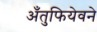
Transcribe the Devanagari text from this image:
अँतुफियेवने